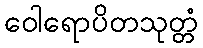
ဝေါရောပိတသုတ္တံ